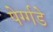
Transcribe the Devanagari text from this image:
पेर्ग्गडे